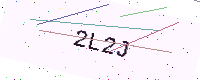
Text: 2L2J